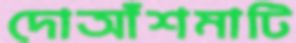
দোআঁশমাটি